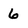
Character: 6